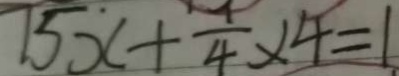
7 5 x + \frac { 1 } { 4 } \times 4 = 1